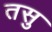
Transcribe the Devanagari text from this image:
तसु